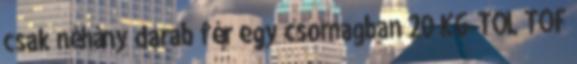
csak néhány darab fér egy csomagban 20 KG-TÓL TOF